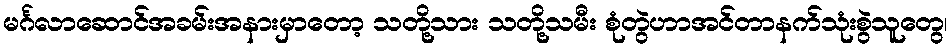
မင်္ဂလာဆောင်အခမ်းအနားမှာတော့ သတို့သား သတို့သမီး စုံတွဲဟာအင်တာနက်သုံးစွဲသူတွေ၊